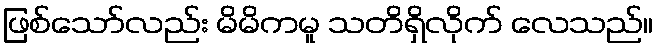
ဖြစ်သော်လည်း မိမိကမူ သတိရှိလိုက် လေသည်။